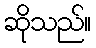
ဆိုသည်။